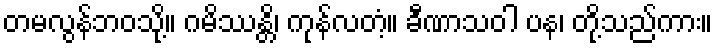
တမလွန်ဘဝသို့။ ဂမိဿန္တိ၊ ကုန်လတံ့။ ခီဏာသဝါ ပန၊ တို့သည်ကား။